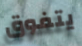
يتفوق